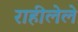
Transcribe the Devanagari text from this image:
राहीलेले